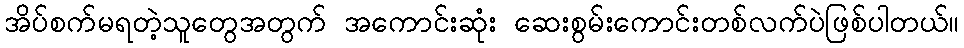
အိပ်စက်မရတဲ့သူတွေအတွက် အကောင်းဆုံး ဆေးစွမ်းကောင်းတစ်လက်ပဲဖြစ်ပါတယ်။